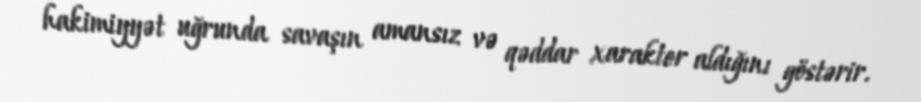
hakimiyyət uğrunda savaşın amansız və qəddar xarakter aldığını göstərir.